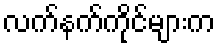
လက်နက်ကိုင်များက